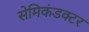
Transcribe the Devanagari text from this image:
सेमिकंडक्‍टर